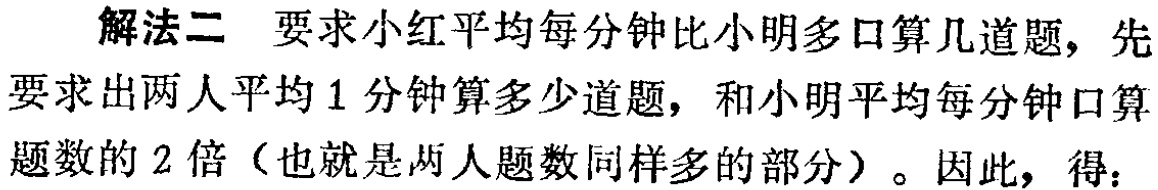
解法二 要求小红平均每分钟比小明多口算几道题，先要求出两人平均1分钟算多少道题，和小明平均每分钟口算题数的2倍（也就是两人题数同样多的部分）。因此，得：